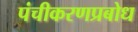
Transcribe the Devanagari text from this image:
पंचीकरणप्रबोध